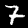
Digit: 7